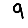
Digit: 9